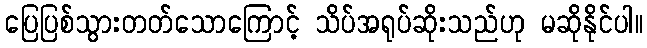
ပြေပြစ်သွားတတ်သောကြောင့် သိပ်အရုပ်ဆိုးသည်ဟု မဆိုနိုင်ပါ။